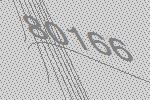
80166